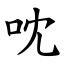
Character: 㕪